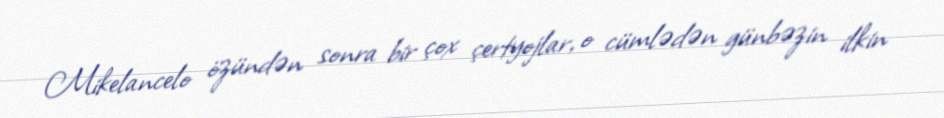
Mikelancelo özündən sonra bir çox çertyojlar, o cümlədən günbəzin ilkin